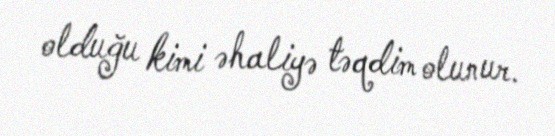
olduğu kimi əhaliyə təqdim olunur.